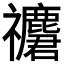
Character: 𥜮